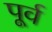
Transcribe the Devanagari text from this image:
पूर्व